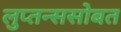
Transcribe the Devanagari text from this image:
लुप्तन्ससोबत